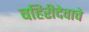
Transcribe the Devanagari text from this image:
बहिरीदेवाचे